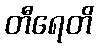
တီရေတိ